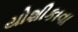
યોશીકાવા